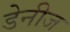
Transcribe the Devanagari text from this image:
डेनीज